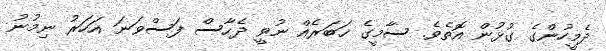
ދެމީހުންގެ ގުޅުން އޮތެވެ. ސާމީގެ ޚަބަރެއް ނުވީ ދެހާސް ފަސްވަނަ އަހަރު ނިމުނު